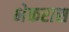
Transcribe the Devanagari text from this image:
भेकरास